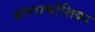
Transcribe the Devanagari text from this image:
अंतराकोशिका